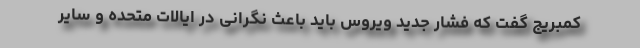
کمبریج گفت که فشار جدید ویروس باید باعث نگرانی در ایالات متحده و سایر